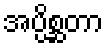
အပ္ပိစ္ဆတာ